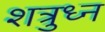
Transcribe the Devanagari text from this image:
शत्रुध्न